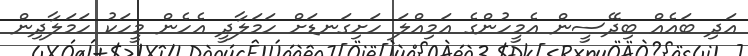
އަދި ބައެއް ބިދޭސީން އެމީހުންގެ އަމިއްލަ ހަށިގަނޑަށް ހަމަލާދީ އެހެން މީހަކު ހަމަލާދިން